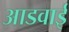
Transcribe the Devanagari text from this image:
आडवाई